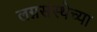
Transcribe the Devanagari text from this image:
लग्नसंस्थेच्या